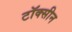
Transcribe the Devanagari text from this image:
टॉक्सीन